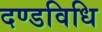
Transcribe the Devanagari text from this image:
दण्डविधि